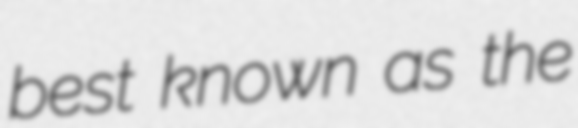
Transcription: best known as the